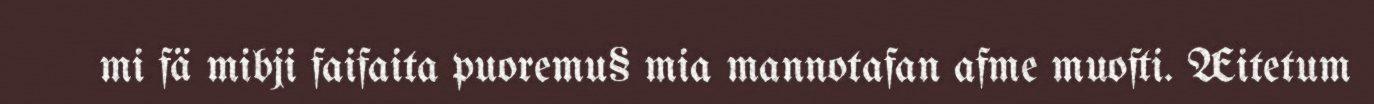
mi fä mibji faifaita puoremu§ mia mannotafan afme muofti. Æitetum